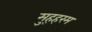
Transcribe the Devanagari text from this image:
मुह्हरम